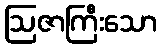
ဩဇာကြီးသော